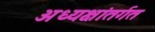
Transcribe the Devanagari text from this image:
अध्यक्षांतर्गत